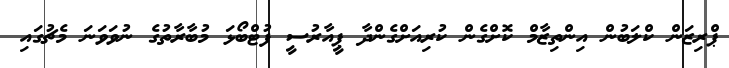
ޕްރިޒަން ކްލަބުން އިންތިޒާމް ކޮށްގެން ކުރިއަށްގެންދާ ޕީއާރުސީ ފުޓްބޯޅަ މުބާރާތުގެ ނުވަވަނަ މެޗުގައި